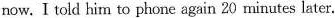
now. I told him to phone again 20 minutes later.